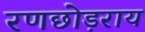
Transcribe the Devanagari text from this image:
रणछोड़राय